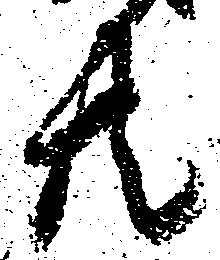
共